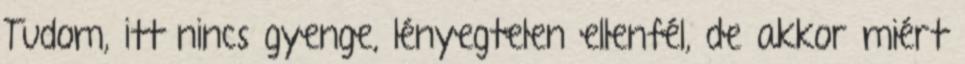
Tudom, itt nincs gyenge, lényegtelen ellenfél, de akkor miért